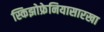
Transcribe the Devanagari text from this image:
स्किझोफ्रेनियासारखा